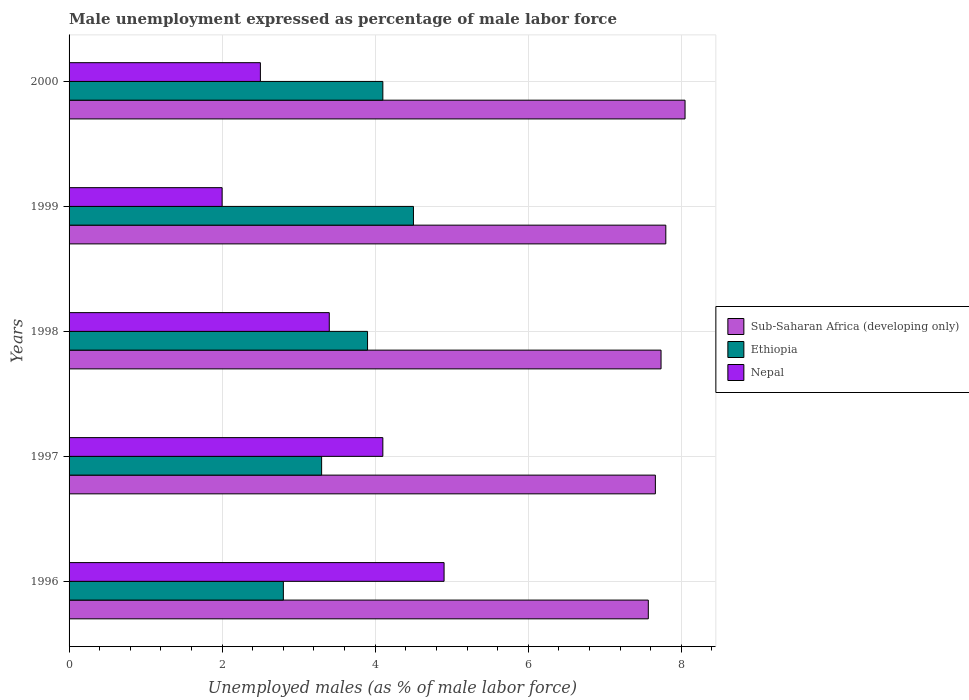
| Years | Sub-Saharan Africa (developing only) | Ethiopia | Nepal |
 | --- | --- | --- | --- |
 | 1996 | 7.57 | 2.8 | 4.9 |
 | 1997 | 7.66 | 3.3 | 4.1 |
 | 1998 | 7.74 | 3.9 | 3.4 |
 | 1999 | 7.8 | 4.5 | 2 |
 | 2000 | 8.05 | 4.1 | 2.5 |